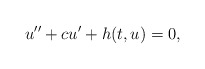
\begin{align*}u'' + c u' + h(t,u) = 0,\end{align*}